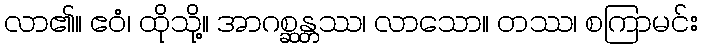
လာ၏။ ဧဝံ၊ ထိုသို့။ အာဂစ္ဆန္တဿ၊ လာသော။ တဿ၊ စကြာမင်း